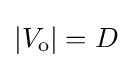
\left|V_{\text{o}}\right|=D